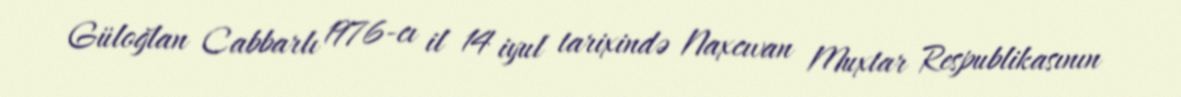
Güloğlan Cabbarlı 1976-cı il 14 iyul tarixində Naxcıvan Muxtar Respublikasının